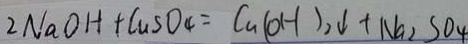
2 N a O H + C u S O _ { 4 } = C a ( O H ) _ { 2 } \downarrow + N a _ { 2 } S O _ { 4 }